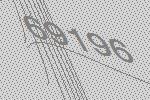
69196